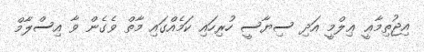
އިޖުތިމާޢީ ޢިލްމީ އަދި ސިޔާސީ ހުރިހައި ކަމެއްގައި މާތް ވެގެން ވާ އިސްލާމް